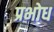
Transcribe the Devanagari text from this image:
प्रभोध